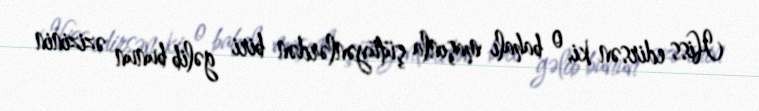
Hiss edirsən ki, o bahalı maşınla şütüyənlərdən biri gəlib bunun əzizinin